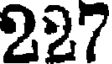
227